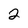
Character: 2